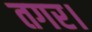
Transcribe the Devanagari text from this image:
तगर।